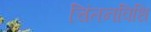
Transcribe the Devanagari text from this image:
चिंतनविधि